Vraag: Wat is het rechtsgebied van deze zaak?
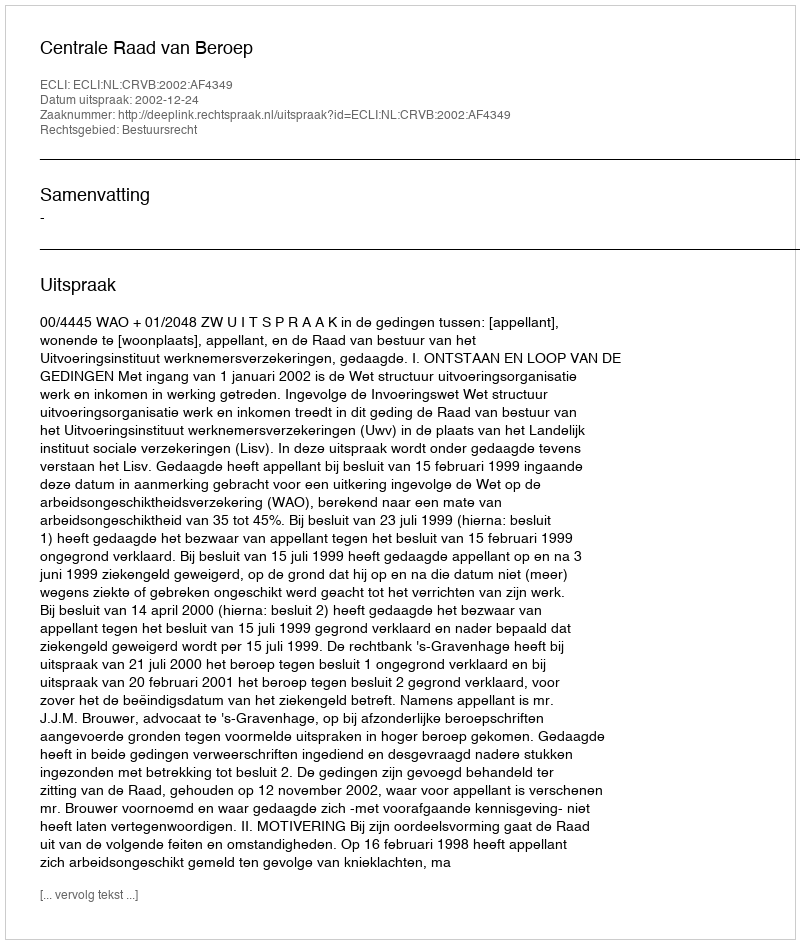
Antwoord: Bestuursrecht